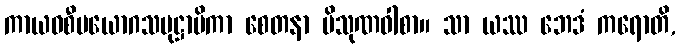
ကာယဝစီပယောဂသမုဋ္ဌာပိကာ စေတနာ ပိသုဏဝါစာ။ သာ ယဿ ဘေဒံ ကရောတိ,